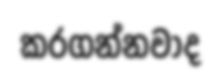
කරගන්නවාද